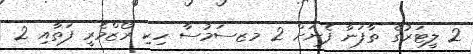
2 ލީޓަރުގެ ތާފަނާ ފެނަށް 2 މޒސަމުސާ ހިކި ރޯޒްމެރީ ފަތާއި 2